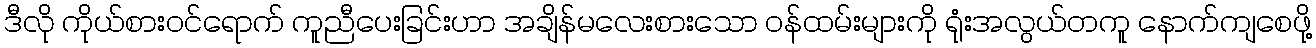
ဒီလို ကိုယ်စားဝင်ရောက် ကူညီပေးခြင်းဟာ အချိန်မလေးစားသော ဝန်ထမ်းများကို ရုံးအလွယ်တကူ နောက်ကျစေဖို့